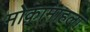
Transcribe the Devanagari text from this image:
मोकामाहला